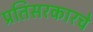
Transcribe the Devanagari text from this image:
प्रतिसरकारचे